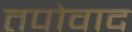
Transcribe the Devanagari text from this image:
तपोवाद